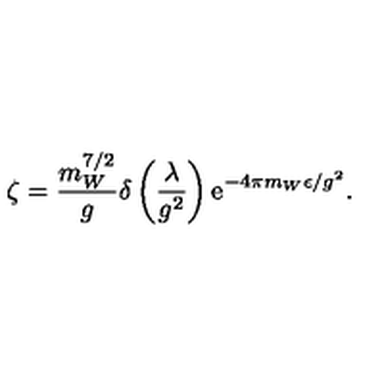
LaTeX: \zeta = \frac { m _ { W } ^ { 7 / 2 } } { g } \delta \left( \frac { \lambda } { g ^ { 2 } } \right) \mathrm { e } ^ { - 4 \pi m _ { W } \epsilon / g ^ { 2 } } .